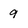
Character: 9